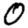
Digit: 0